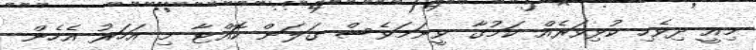
މިއީ ދިވެހި ކުޅިވަރެއް ކަމުގާ ވީނަމަވެސް ގަލަން ކޮއްޓާ މި އަހަރު އެހެން